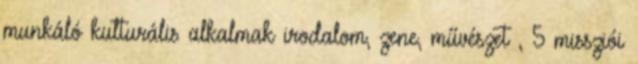
munkáló kulturális alkalmak irodalom, zene, művészet , 5 missziói